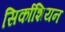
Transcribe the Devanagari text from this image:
सिर्काशियन